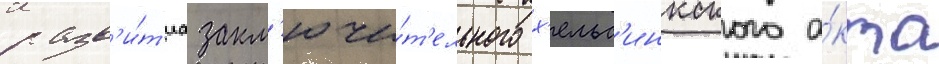
разв'и́т'иа закл'ючи́т'ельного х'ельс'инкского а́кта